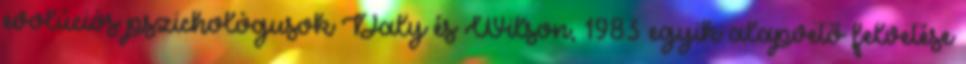
evolúciós pszichológusok Daly és Wilson, 1983 egyik alapvető felvetése